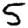
Digit: 5